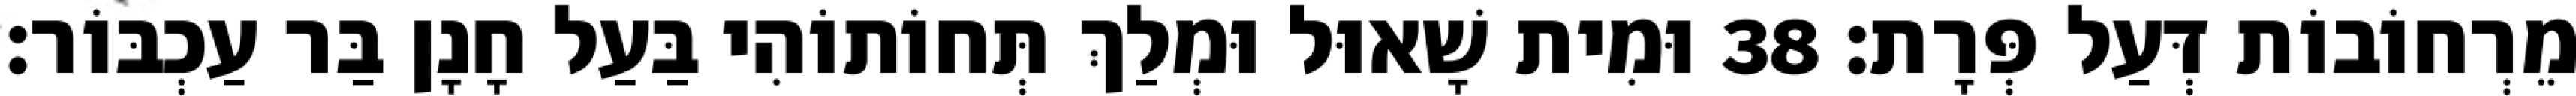
מֵרְחוֹבוֹת דְּעַל פְּרָת׃ 38 וּמִית שָׁאוּל וּמְלַךְ תְּחוֹתוֹהִי בַּעַל חָנָן בַּר עַכְבּוֹר׃